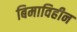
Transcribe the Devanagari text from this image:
बिमाविहीन